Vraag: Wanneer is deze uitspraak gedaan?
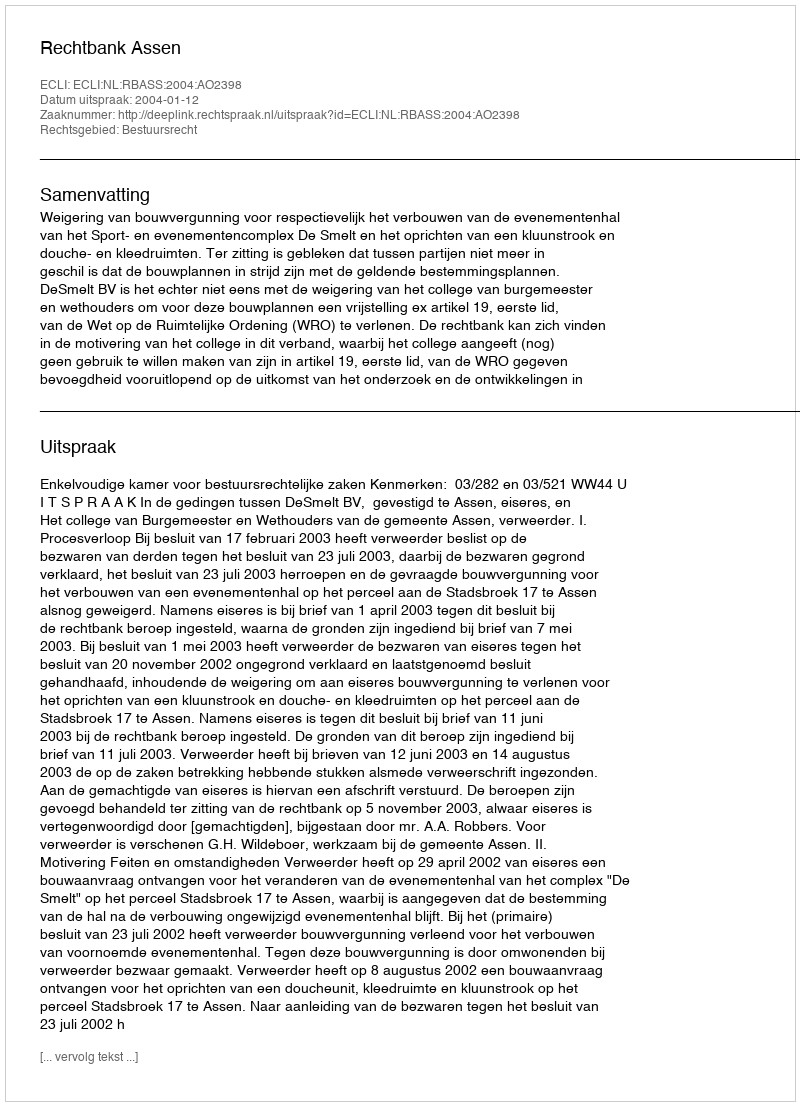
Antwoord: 2004-01-12